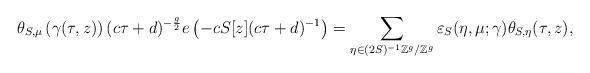
LaTeX: \begin{align*}\theta_{S,\mu}\left(\gamma(\tau,z)\right)(c \tau + d)^{-\frac{g}{2}} e\left(-c S[z] (c \tau+d)^{-1}\right)=\sum_{\eta\in(2S)^{-1}\mathbb Z^g/\mathbb Z^g} \varepsilon_{S}(\eta, \mu;\gamma)\theta_{S,\eta}(\tau, z),\end{align*}